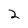
Character: 2